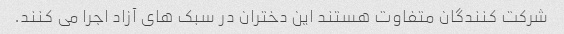
شرکت کنندگان متفاوت هستند این دختران در سبک های آزاد اجرا می کنند.